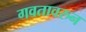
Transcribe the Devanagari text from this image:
गवतावरुन